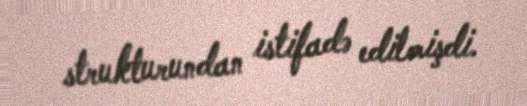
strukturundan istifadə edilmişdi.